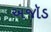
અજૉડ